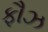
ફૌઝ